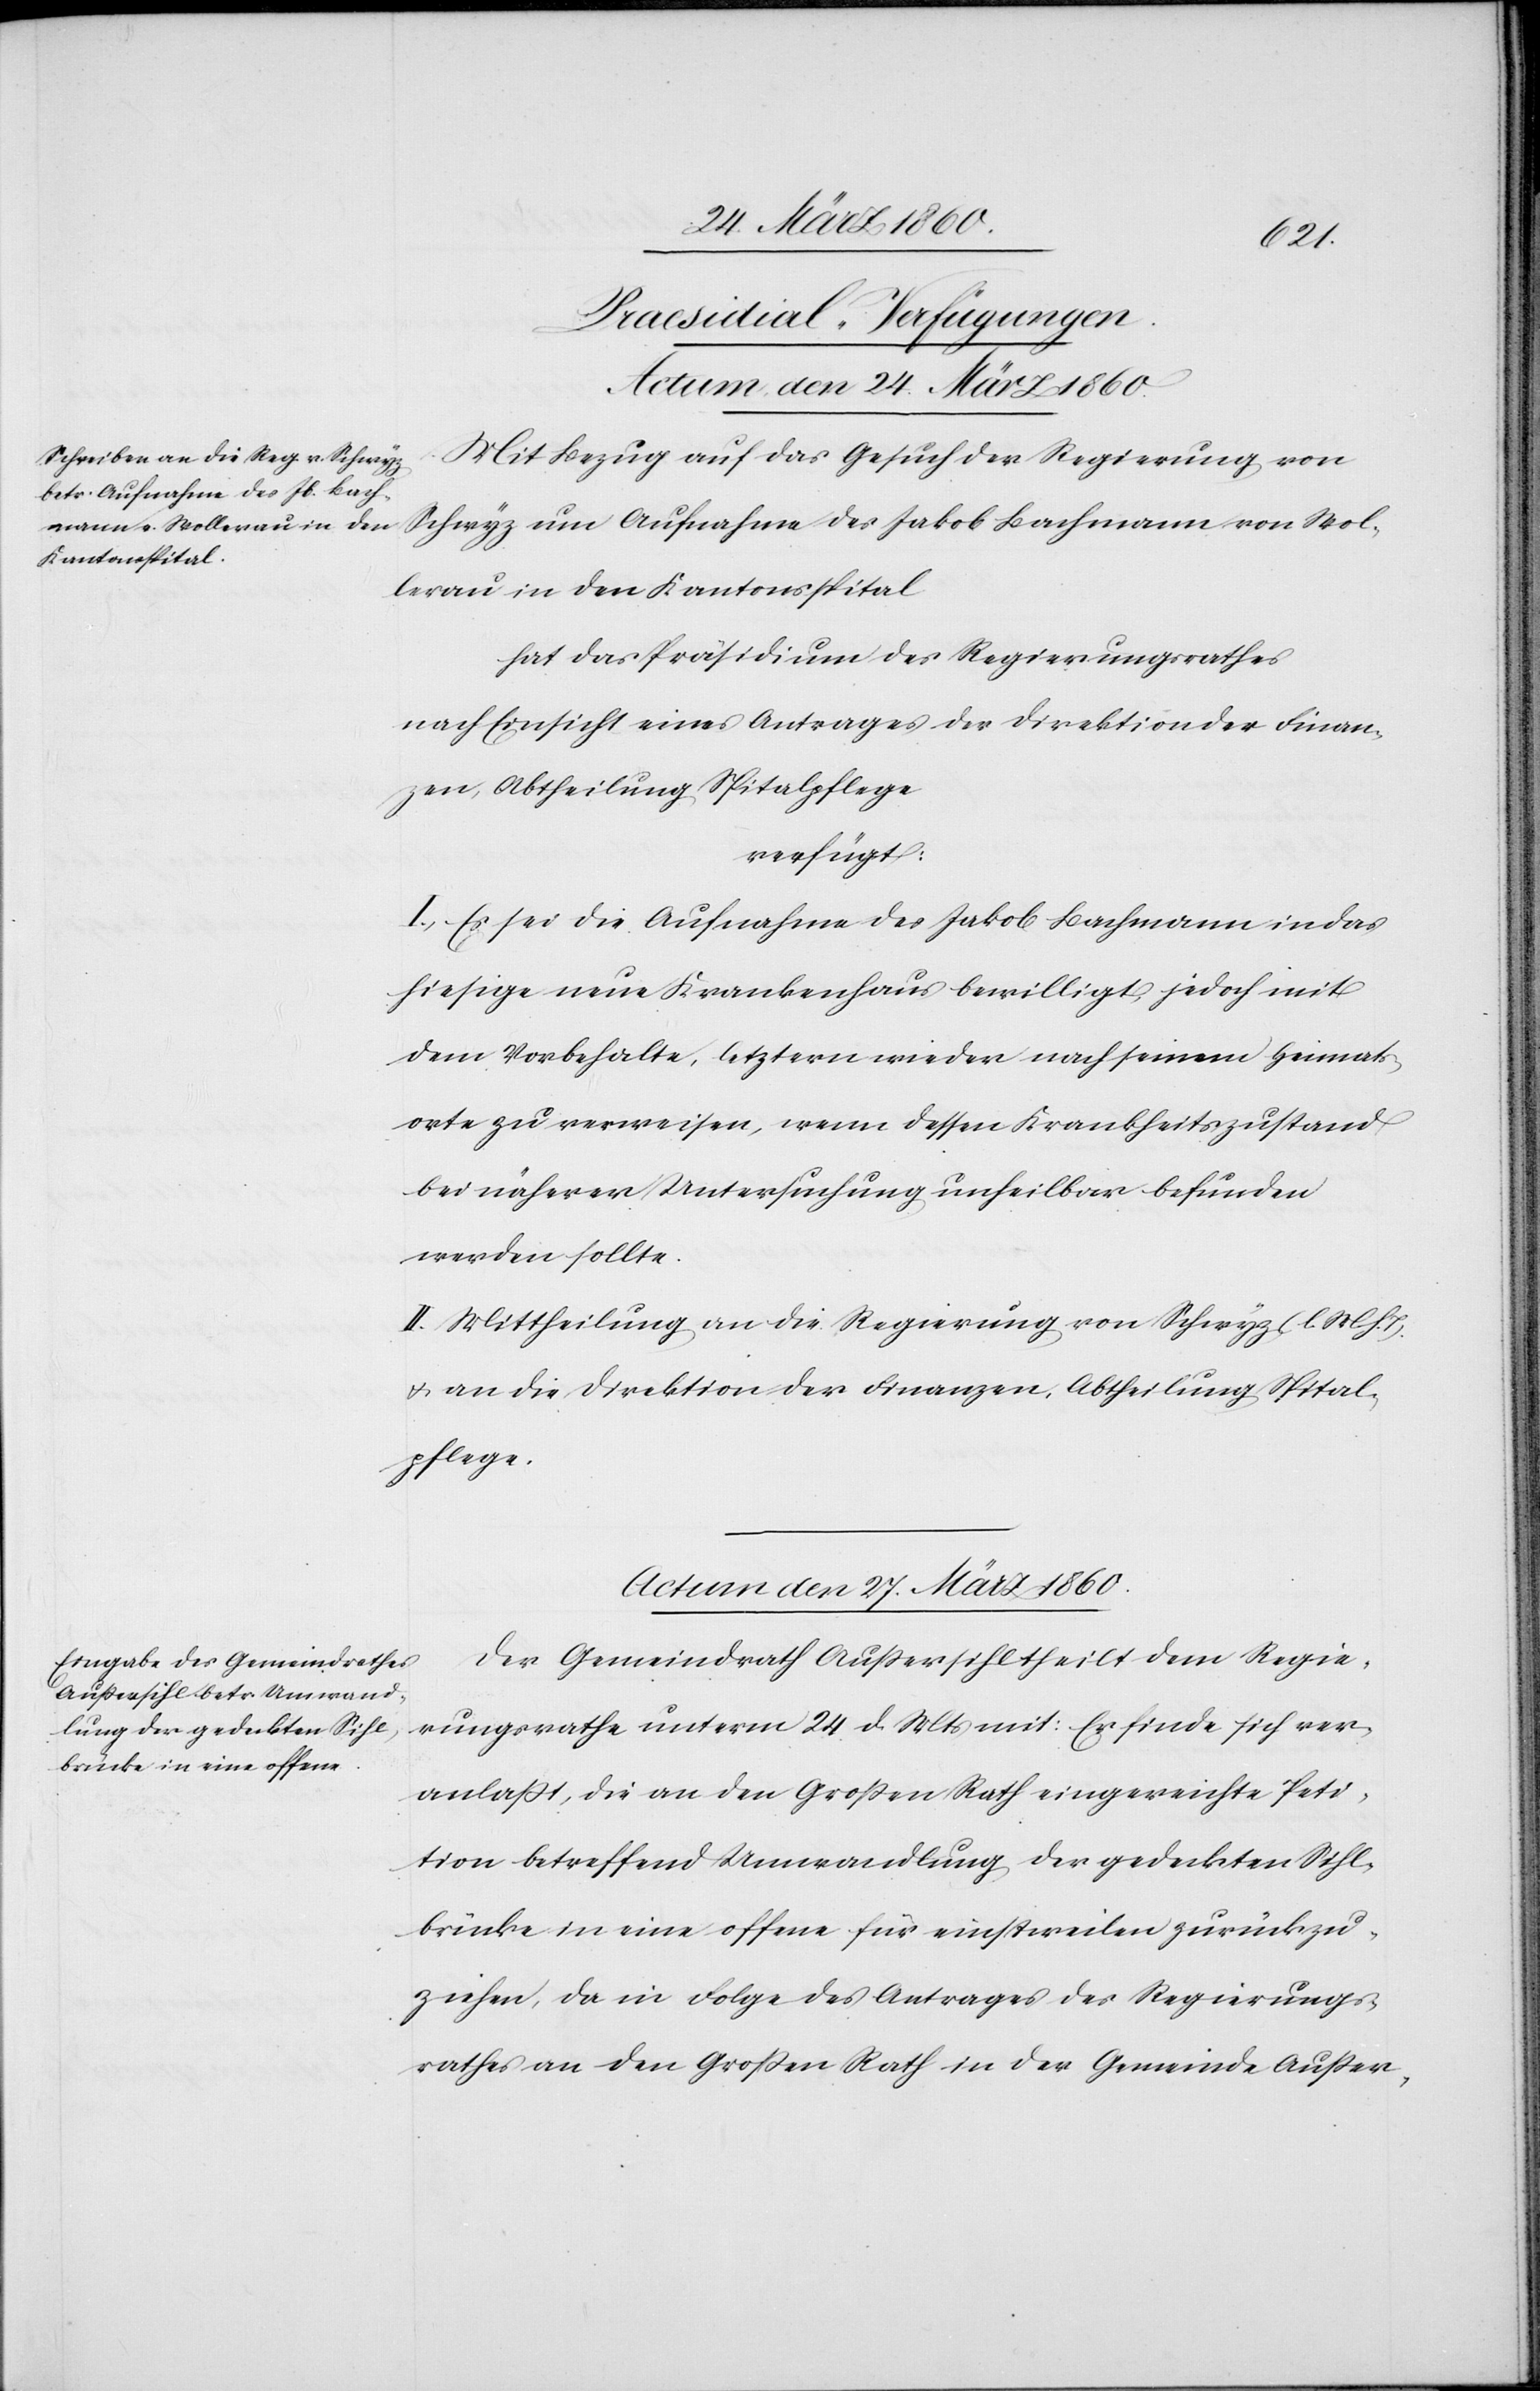
[Praesidial-Verfügungen.]
Mit Bezug auf das Gesuch der Regierung von
Schwyz um Aufnahme des Jakob Bachmann von Wol¬
lerau in den Kantonsspital
hat das Präsidium des Regierungsrathes
nach Einsicht eines Antrages der Direktion der Finan¬
zen, Abtheilung Spitalpflege
verfügt:
I. Es sei die Aufnahme des Jakob Bachmann in das
hiesige neue Krankenhaus bewilligt, jedoch mit
dem Vorbehalte, letztern wieder nach seinem Heimats¬
orte zu verweisen, wenn dessen Krankheitszustand
bei näherer Untersuchung unheilbar befunden
werden sollte.
II. Mittheilung an die Regierung von Schwyz [l. M. h.
u. an die Direktion der Finanzen, Abtheilung Spital¬
pflege.
Actum den 27. März 1860.
Der Gemeindrath Aussersihl theilt dem Regie¬
rungsrathe unterm 24. d. Mts. mit: Er finde sich ver¬
anlasst, die an den Grossen Rath eingereichte Peti¬
tion betreffend Umwandlung der gedeckten Sihl¬
brücke in eine offene für einstweilen zurückzu¬
ziehen, da in Folge des Antrages des Regierungs¬
rathes an den Grossen Rath in der Gemeinde Ausser-